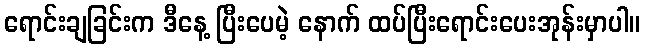
ရောင်းချခြင်းက ဒီနေ့ ပြီးပေမဲ့ နောက် ထပ်ပြီးရောင်းပေးအုန်းမှာပါ။